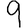
Digit: 9